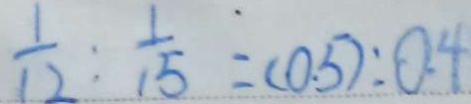
\frac { 1 } { 1 2 } : \frac { 1 } { 1 5 } = ( 0 . 5 ) : 0 . 4